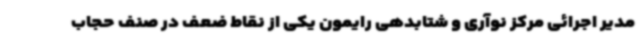
مدیر اجرائی مرکز نوآری و شتابدهی رایمون یکی از نقاط ضعف در صنف حجاب